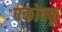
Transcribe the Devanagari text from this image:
पकोक्कू